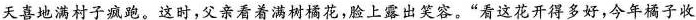
天喜地满村子疯跑。这时，父亲看着满树橘花，脸上露出笑容。“看这花开得多好，今年橘子收